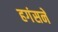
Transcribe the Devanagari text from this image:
हगंसने